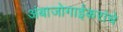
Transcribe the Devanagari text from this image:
अंबाजोगाईकरांचे